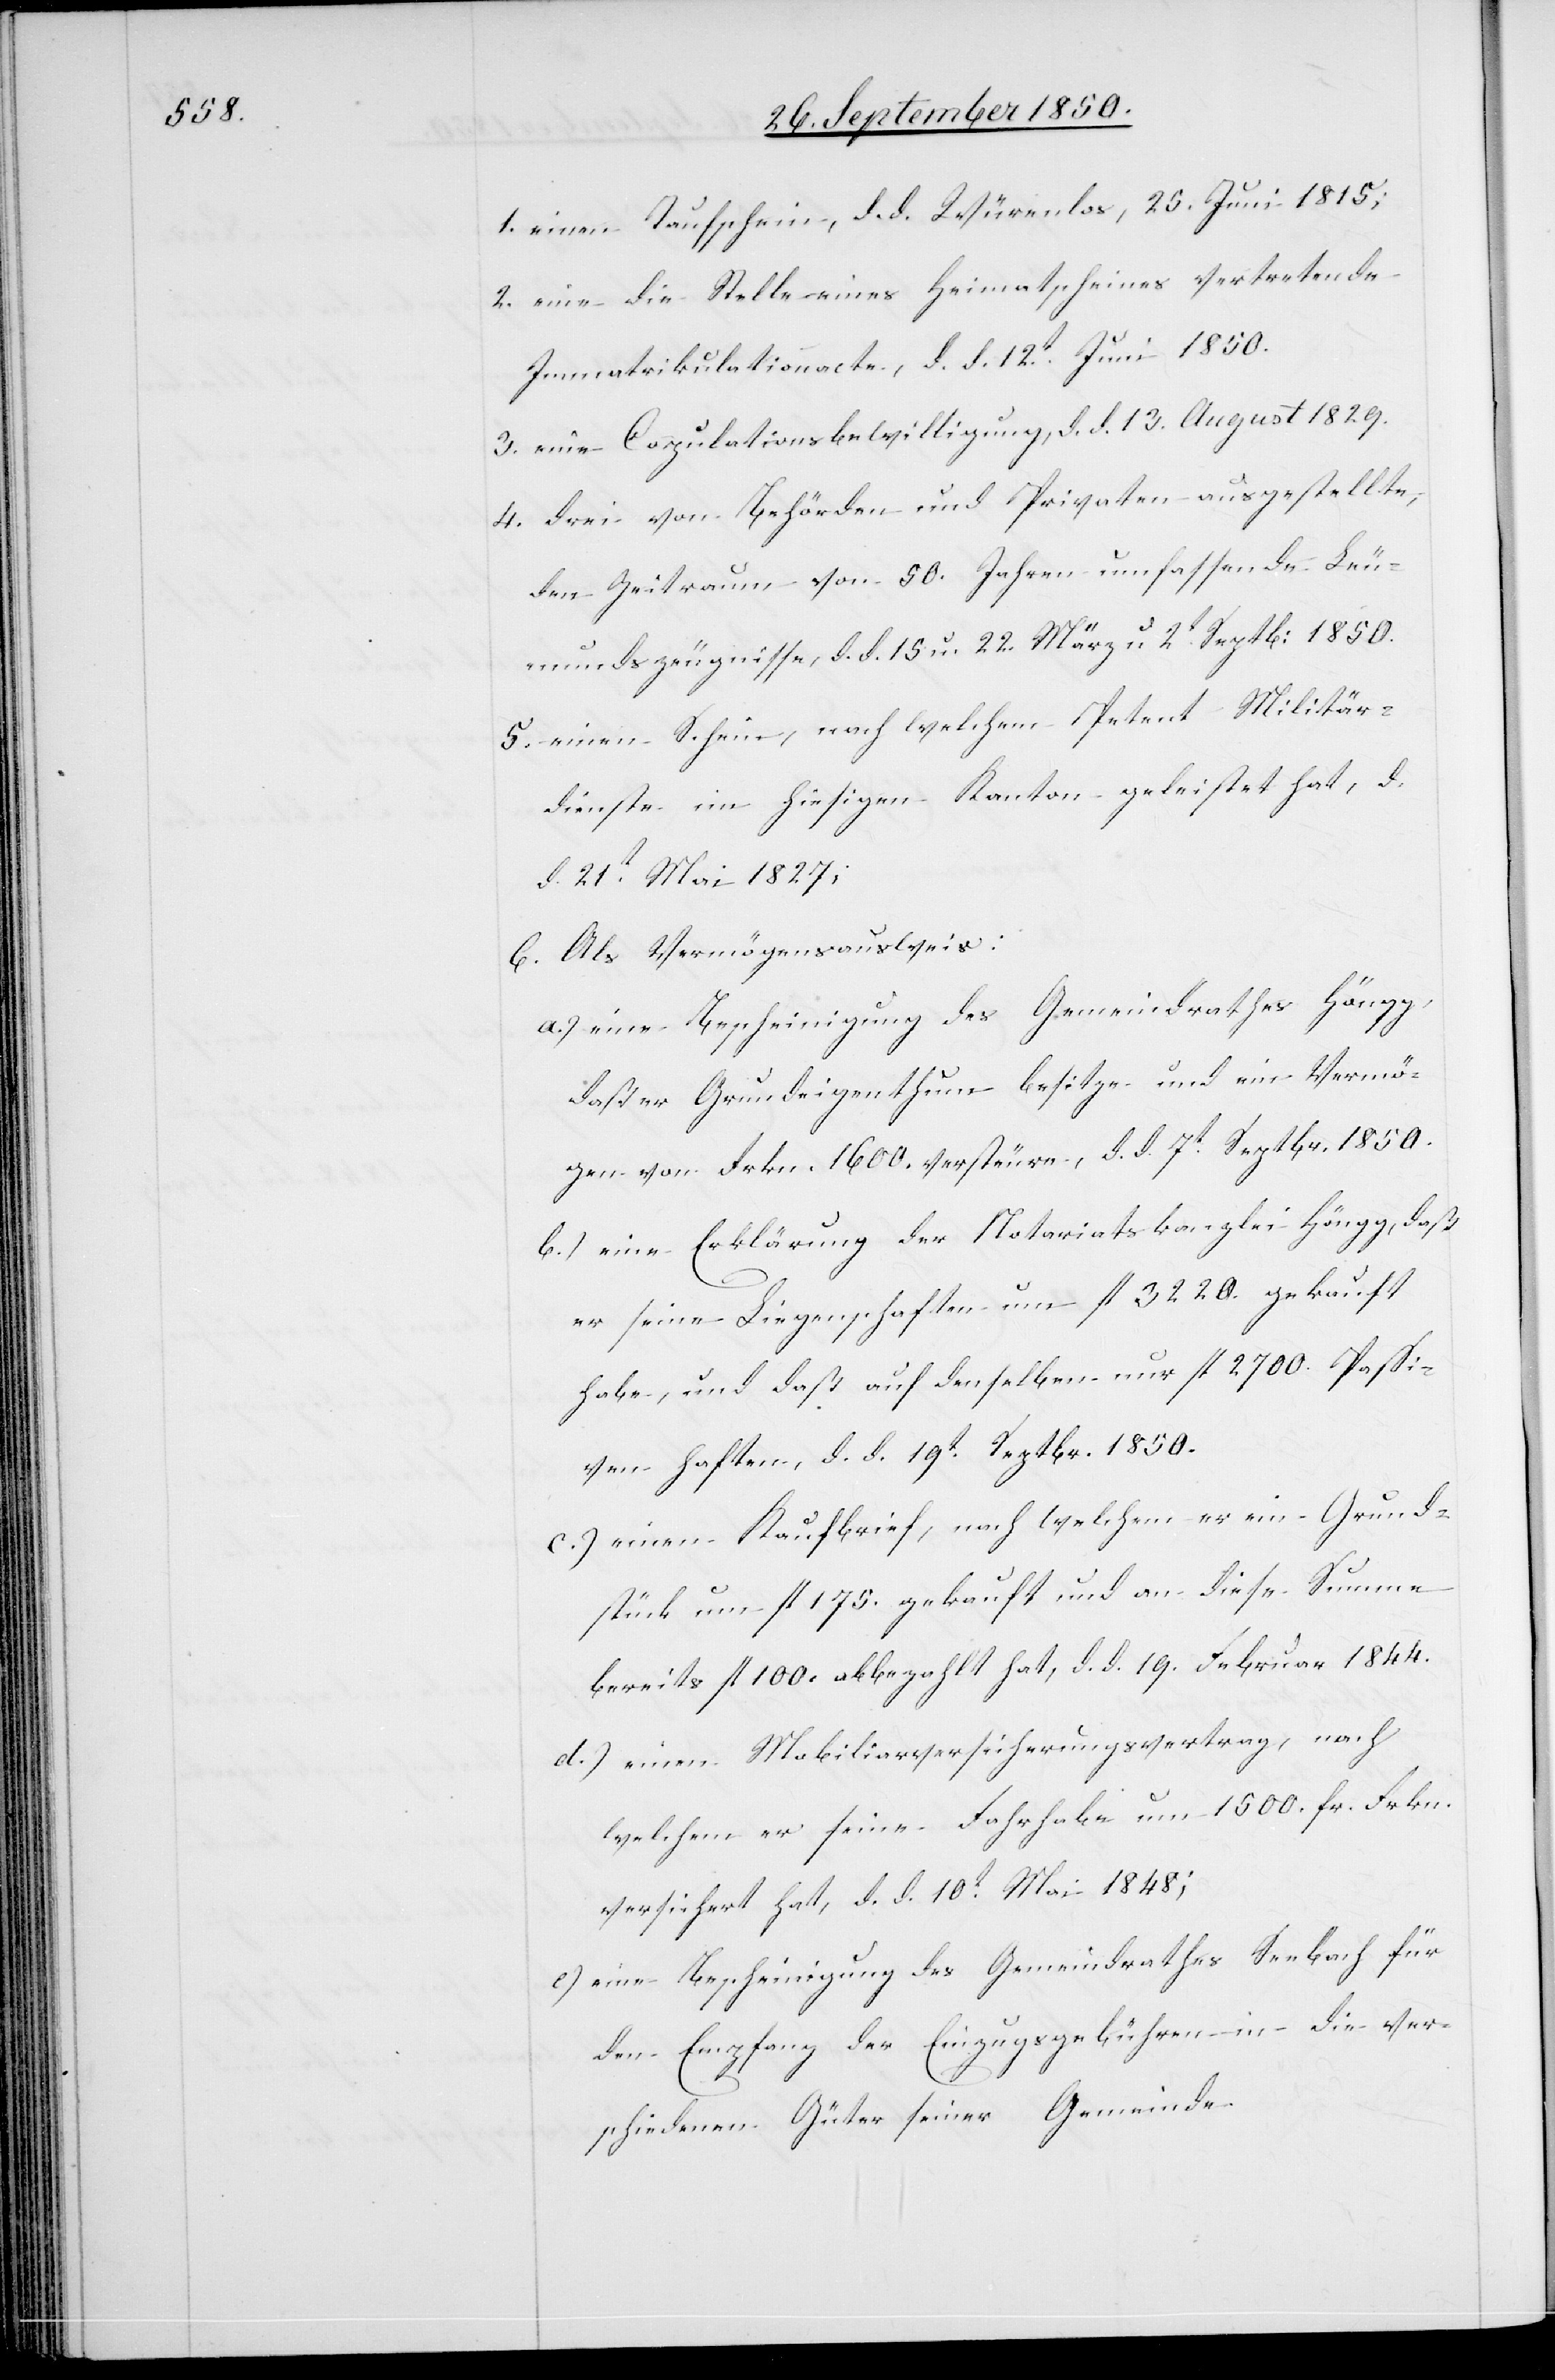
1. einen Taufschein, d. d. Würenlos, 25. Juni 1815;
2. eine die Stelle eines Heimatscheines vertretende
Immatrikulationacte, d. d. 12t Juni 1850.
3. eine Copulationsbewilligung, d. d. 13. August 1829.
4. drei von Behörden und Privaten ausgestellte,
den Zeitraum von 50. Jahren umfassende Leu¬
mundszeugnisse, d. d. 15 u. 22. März u 2t Septb: 1850.
5. einen Schein, nach welchem Petent Militär¬
dienste im hiesigen Kanton geleistet hat, d.
d. 21t Mai 1827;
6. Als Vermögensausweis:
a.) eine Bescheinigung des Gemeindrathes Höngg,
daß er Grundeigenthum besitze und ein Vermö¬
gen von Frkn. 1600. versteure, d. d. 7t Septbr. 1850.
b.) eine Erklärung der Notariatskanzlei Höngg, daß
er seine Liegenschaften um fl 3220. gekauft
habe, und daß auf denselben nur fl 2700. Passi¬
ven haften, d. d. 19t Septbr. 1850.
c.) einen Kaufbrief, nach welchem er ein Grund¬
stück um fl 175. gekauft und an diese Summe
bereits fl 100. abbezahlt hat, d. d. 19. Februar 1844.
d.) einen Mobiliarversicherungsvertrag, nach
welchem er seine Fahrhabe um 1500. fr. Frkn.
versichert hat, d. d. 10t Mai 1848;
e) eine Bescheinigung des Gemeindrathes Seebach für
den Empfang der Einzugsgebühren in die ver¬
schiedenen Güter seiner Gemeinde.